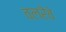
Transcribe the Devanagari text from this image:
वलरेवे